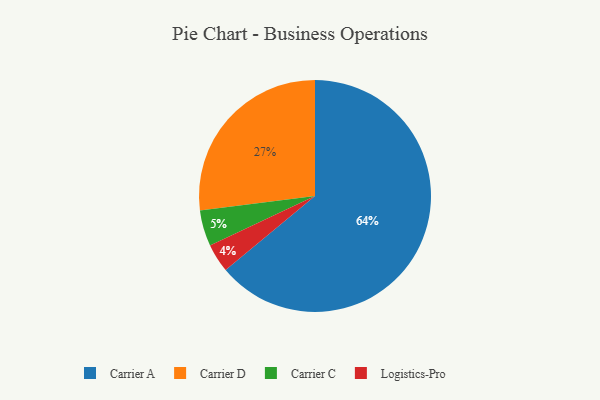
{"axis": {"x": "Category", "y": "Percentage"}, "legend": ["Carrier A", "Carrier C", "Carrier D", "Logistics-Pro"], "data": [{"x": "Logistics-Pro", "y": 4, "type": "Logistics-Pro"}, {"x": "Carrier A", "y": 64, "type": "Carrier A"}, {"x": "Carrier D", "y": 27, "type": "Carrier D"}, {"x": "Carrier C", "y": 5, "type": "Carrier C"}]}